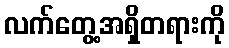
လက်တွေ့အရှိတရားကို